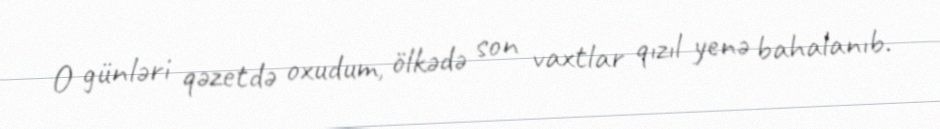
O günləri qəzetdə oxudum, ölkədə son vaxtlar qızıl yenə bahalanıb.